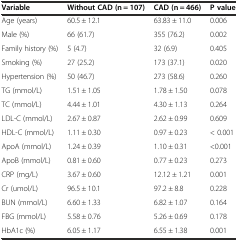
<table><thead><tr><td><b>Variable</b></td><td><b>Without CAD (n = 107)</b></td><td><b>CAD (n = 466)</b></td><td><b>P value</b></td></tr></thead><tbody><tr><td>Age (years)</td><td>60.5 ± 12.1</td><td>63.83 ± 11.0</td><td>0.006</td></tr><tr><td>Male (%)</td><td>66 (61.7)</td><td>355 (76.2)</td><td>0.002</td></tr><tr><td>Family history (%)</td><td>5 (4.7)</td><td>32 (6.9)</td><td>0.405</td></tr><tr><td>Smoking (%)</td><td>27 (25.2)</td><td>173 (37.1)</td><td>0.020</td></tr><tr><td>Hypertension (%)</td><td>50 (46.7)</td><td>273 (58.6)</td><td>0.260</td></tr><tr><td>TG (mmol/L)</td><td>1.51 ± 1.05</td><td>1.78 ± 1.50</td><td>0.078</td></tr><tr><td>TC (mmol/L)</td><td>4.44 ± 1.01</td><td>4.30 ± 1.13</td><td>0.264</td></tr><tr><td>LDL-C (mmol/L)</td><td>2.67 ± 0.87</td><td>2.62 ± 0.99</td><td>0.609</td></tr><tr><td>HDL-C (mmol/L)</td><td>1.11 ± 0.30</td><td>0.97 ± 0.23</td><td>&lt; 0.001</td></tr><tr><td>ApoA (mmol/L)</td><td>1.24 ± 0.39</td><td>1.10 ± 0.31</td><td>&lt;0.001</td></tr><tr><td>ApoB (mmol/L)</td><td>0.81 ± 0.60</td><td>0.77 ± 0.23</td><td>0.273</td></tr><tr><td>CRP (mg/L)</td><td>3.67 ± 0.60</td><td>12.12 ± 1.21</td><td>0.001</td></tr><tr><td>Cr (umol/L)</td><td>96.5 ± 10.1</td><td>97.2 ± 8.8</td><td>0.228</td></tr><tr><td>BUN (mmol/L)</td><td>6.60 ± 1.33</td><td>6.82 ± 1.07</td><td>0.164</td></tr><tr><td>FBG (mmol/L)</td><td>5.58 ± 0.76</td><td>5.26 ± 0.69</td><td>0.178</td></tr><tr><td>HbA1c (%)</td><td>6.05 ± 1.17</td><td>6.55 ± 1.38</td><td>0.001</td></tr></tbody></table>